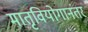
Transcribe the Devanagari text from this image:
मातृवियोगानंतर